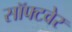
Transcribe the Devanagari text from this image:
सॉफ्‍टवेर